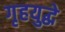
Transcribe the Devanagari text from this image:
गृहयुद्धे